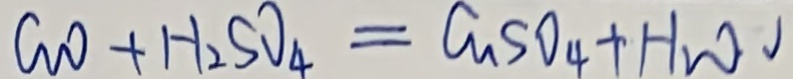
G _ { 2 } O + H _ { 2 } S O _ { 4 } = C u S O _ { 4 } + H _ { 2 } O \downarrow